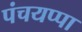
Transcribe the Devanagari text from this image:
पंचयप्पा